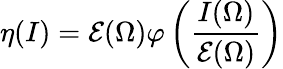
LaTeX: \eta(I)=\mathcal E(\Omega)\varphi\left(\frac{I(\Omega)}{\mathcal E(\Omega)}\right)